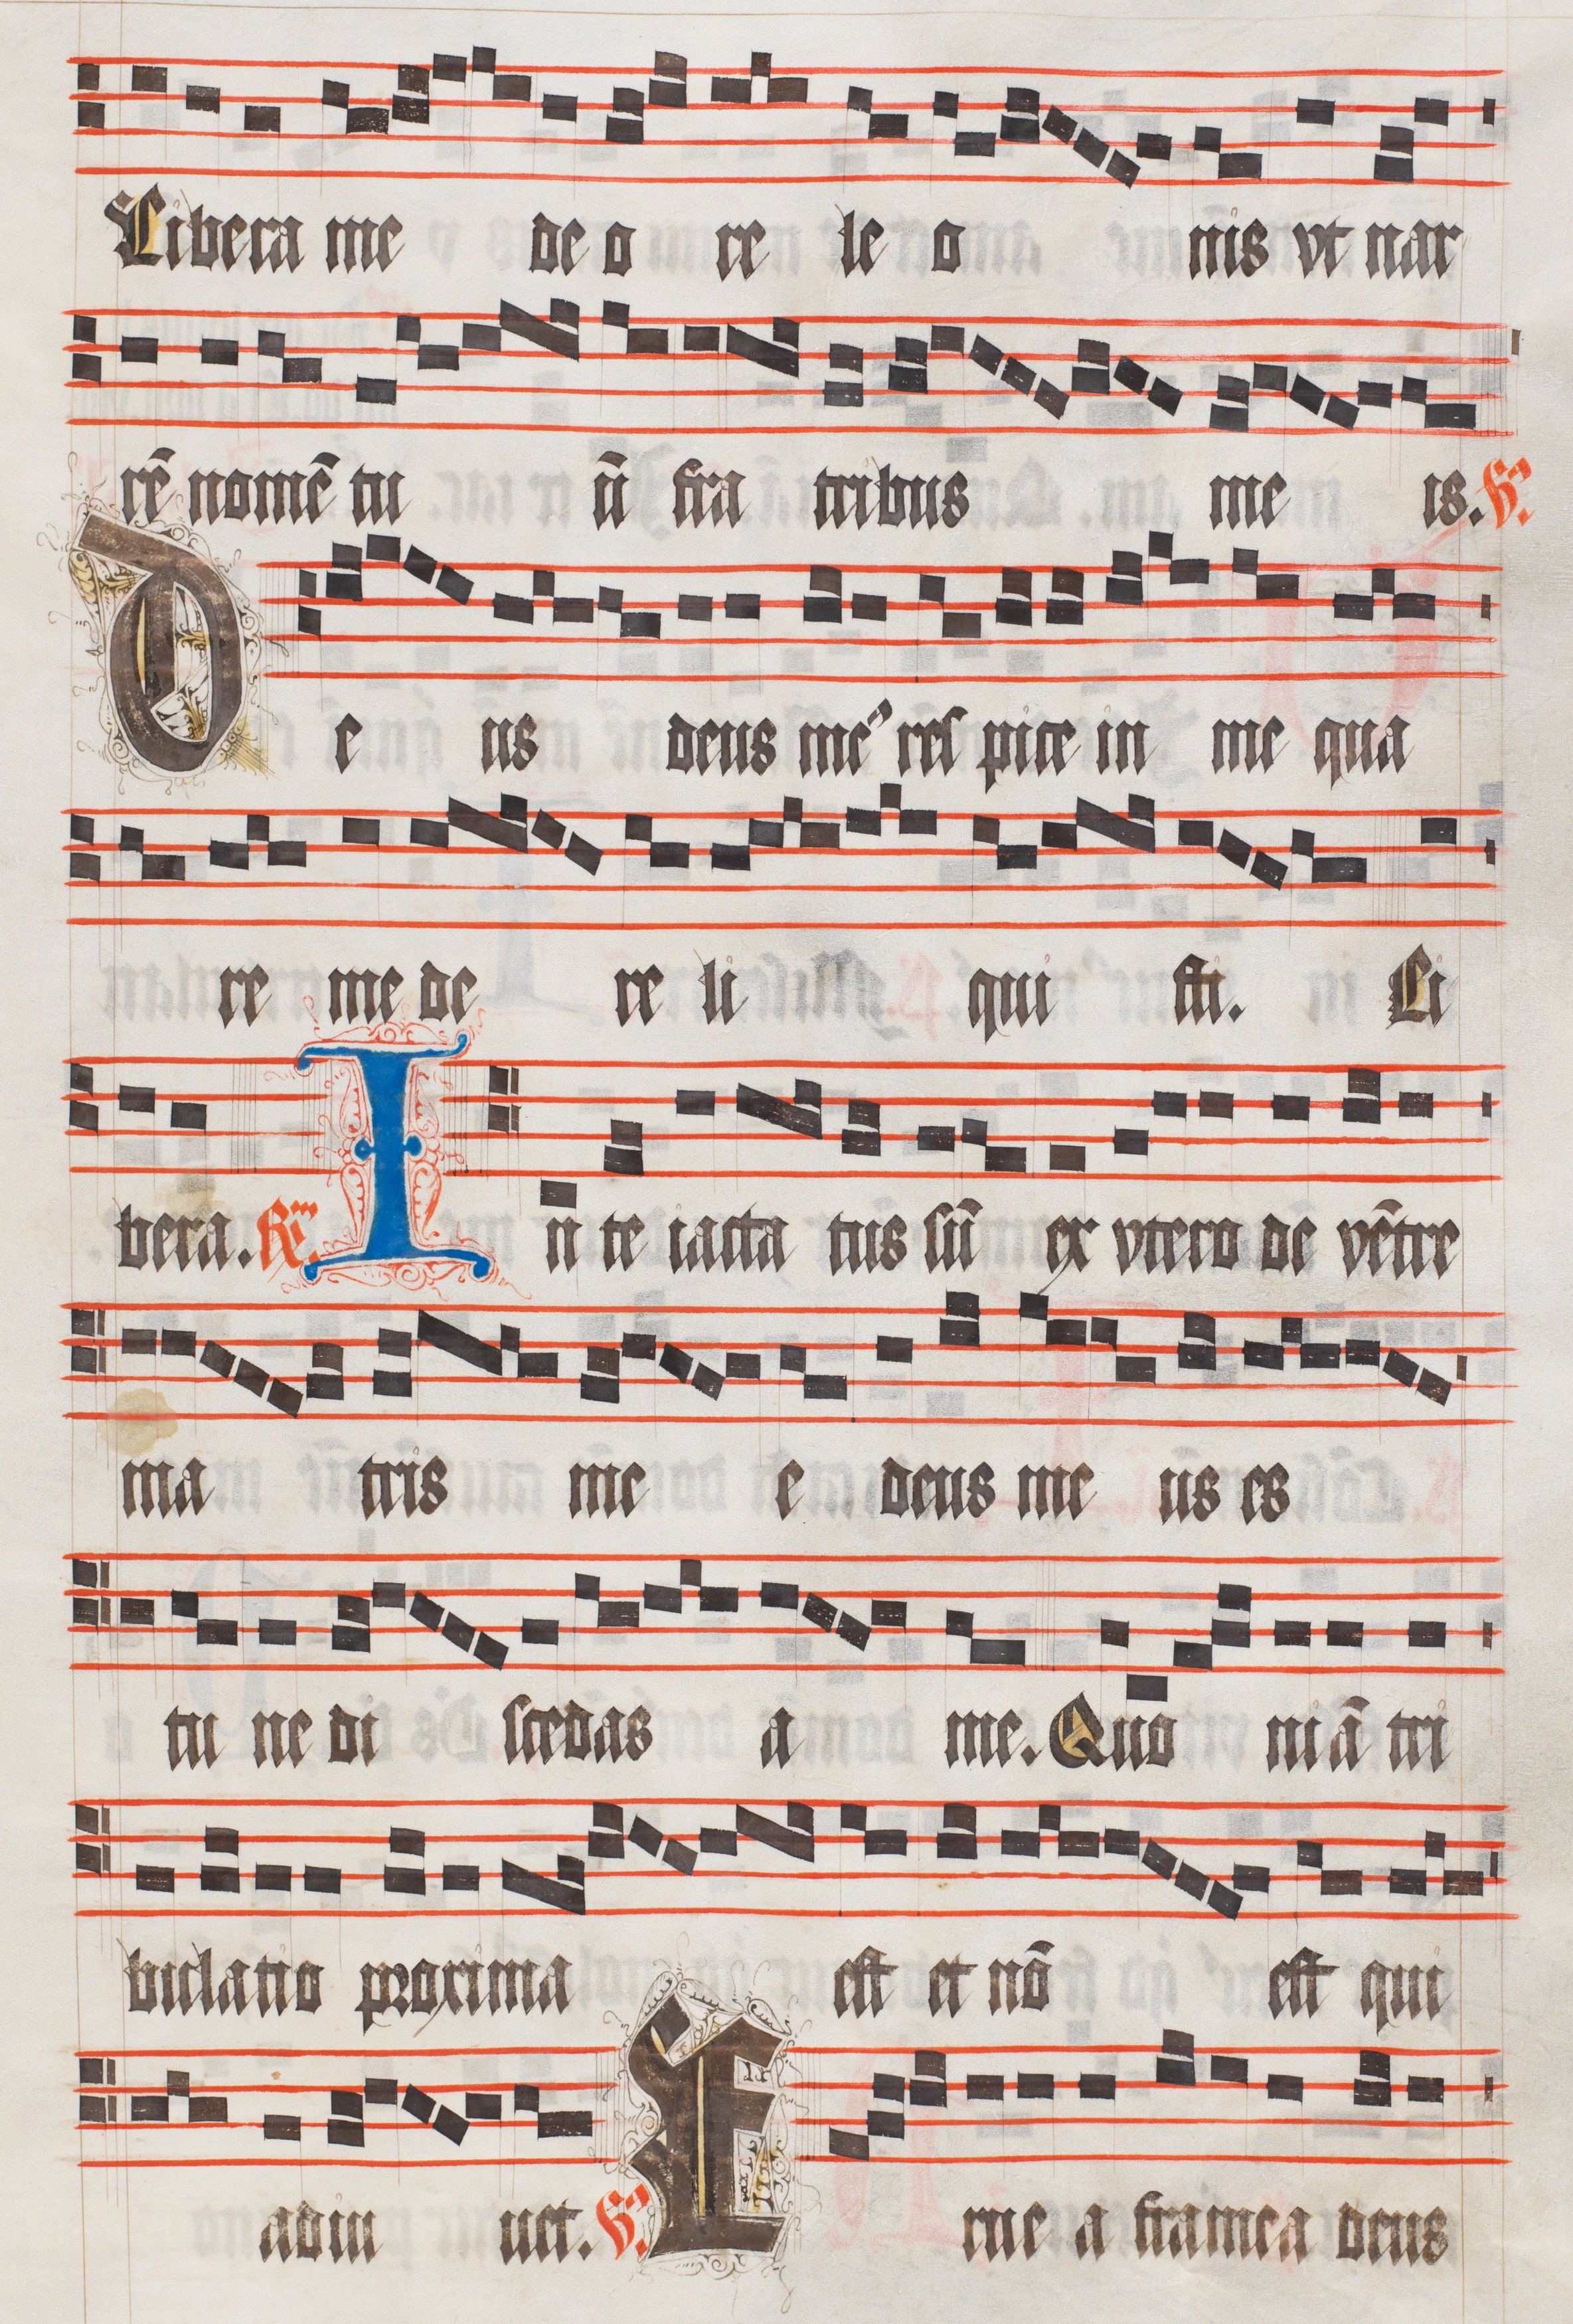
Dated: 1511–1517